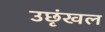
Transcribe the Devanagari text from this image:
उछृंखल